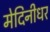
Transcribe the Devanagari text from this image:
मेदिनीधर